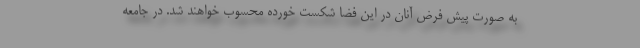
به صورت پیش فرض آنان در این فضا شکست خورده محسوب خواهند شد. در جامعه